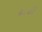
ઢાઢી